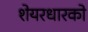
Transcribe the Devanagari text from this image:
शेयरधारको